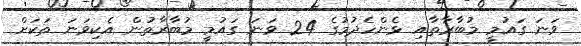
ވަނަ ގައުމީ މުބާރާތާއި ޅެންހެދުމުގެ 24 ވަނަ ގައުމީ މުބާރާތުން އެކިވަނަ ތަކަށް